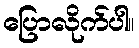
ပြောလိုက်ပါ။